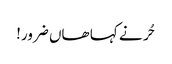
حُر نے کہا ھاں ضرور!